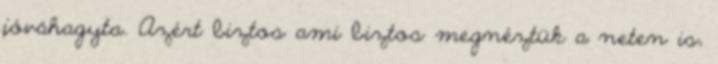
jóváhagyta. Azért biztos ami biztos megnéztük a neten is,